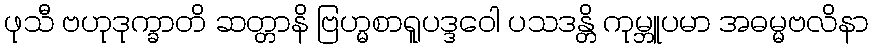
ဖုသီ ဗဟုဒုက္ခာတိ ဆတ္တာနိ ဗြဟ္မစာရူပဒ္ဒဝေါ ပသဒန္တိ ကုမ္ဘူပမာ အဓမ္မဗလိနာ